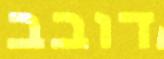
דובב